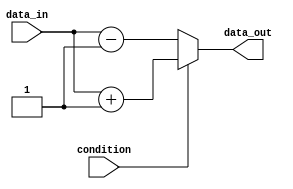
module conditional_logic (
    input wire condition,
    input wire data_in,
    output reg data_out
);

always @* begin
    if (condition) begin
        // Condition is true, perform these actions
        data_out = data_in + 1;
    end else begin
        // Condition is false, perform these actions
        data_out = data_in - 1;
    end
end

endmodule